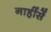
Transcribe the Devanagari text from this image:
नाहींसें